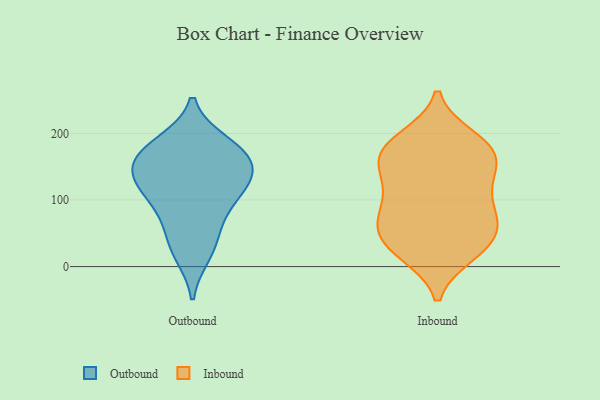
{"axis": {"x": "Headcount", "y": "Value"}, "legend": ["Inbound", "Outbound"], "data": [{"x": "", "y": 176, "type": "Outbound"}, {"x": "", "y": 150, "type": "Outbound"}, {"x": "", "y": 106, "type": "Outbound"}, {"x": "", "y": 166, "type": "Outbound"}, {"x": "", "y": 71, "type": "Outbound"}, {"x": "", "y": 184, "type": "Outbound"}, {"x": "", "y": 130, "type": "Outbound"}, {"x": "", "y": 162, "type": "Outbound"}, {"x": "", "y": 129, "type": "Outbound"}, {"x": "", "y": 108, "type": "Outbound"}, {"x": "", "y": 20, "type": "Outbound"}, {"x": "", "y": 38, "type": "Outbound"}, {"x": "", "y": 164, "type": "Inbound"}, {"x": "", "y": 192, "type": "Inbound"}, {"x": "", "y": 146, "type": "Inbound"}, {"x": "", "y": 69, "type": "Inbound"}, {"x": "", "y": 180, "type": "Inbound"}, {"x": "", "y": 74, "type": "Inbound"}, {"x": "", "y": 131, "type": "Inbound"}, {"x": "", "y": 113, "type": "Inbound"}, {"x": "", "y": 32, "type": "Inbound"}, {"x": "", "y": 185, "type": "Inbound"}, {"x": "", "y": 117, "type": "Inbound"}, {"x": "", "y": 29, "type": "Inbound"}, {"x": "", "y": 68, "type": "Inbound"}, {"x": "", "y": 25, "type": "Inbound"}, {"x": "", "y": 78, "type": "Inbound"}, {"x": "", "y": 164, "type": "Inbound"}, {"x": "", "y": 173, "type": "Inbound"}, {"x": "", "y": 20, "type": "Inbound"}, {"x": "", "y": 56, "type": "Inbound"}]}